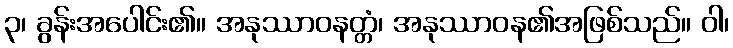
၃၊ ခွန်းအပေါင်း၏။ အနုဿာဝနတ္တံ၊ အနုဿာဝန၏အဖြစ်သည်။ ဝါ၊